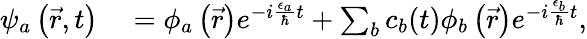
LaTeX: \begin{array}{rl}{\psi_{a}\left(\vec{r},t\right)}&{{}=\phi_{a}\left(\vec{r}\right)e^{-i\frac{\epsilon_{a}}{\hbar}t}+\sum_{b}c_{b}(t)\phi_{b}\left(\vec{r}\right)e^{-i\frac{\epsilon_{b}}{\hbar}t},}\end{array}